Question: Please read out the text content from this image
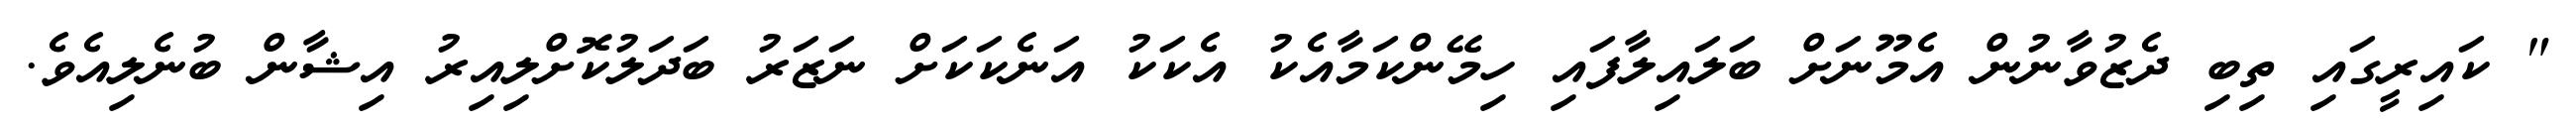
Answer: " ކައިރީގައި ތިބި ދެޒުވާނުން އެމޫނަށް ބަލައިލާފައި ހިމޭންކަމާއެކު އެކަކު އަނެކަކަށް ނަޒަރު ބަދަލުކޮށްލިއިރު އިޝާން ބުނެލިއެވެ.